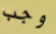
وجب